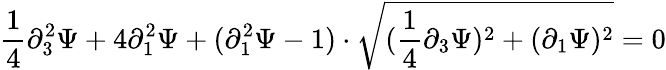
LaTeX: \frac{1}{4}\partial_{3}^{2}\Psi+4\partial_{1}^{2}\Psi+(\partial_{1}^{2}\Psi-1)\cdot\sqrt{(\frac{1}{4}\partial_{3}\Psi)^{2}+(\partial_{1}\Psi)^{2}}=0